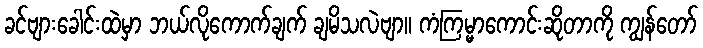
ခင်ဗျားခေါင်းထဲမှာ ဘယ်လိုကောက်ချက် ချမိသလဲဗျာ။ ကံကြမ္မာကောင်းဆိုတာကို ကျွန်တော်